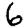
Digit: 6